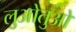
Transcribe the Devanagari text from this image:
लुओतुओ